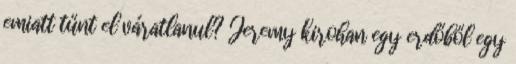
emiatt tűnt el váratlanul? Jeremy kirohan egy erdőből egy